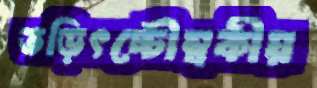
তড়িৎচ্চৌম্বকীয়